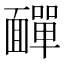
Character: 𩉁